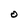
Character: O